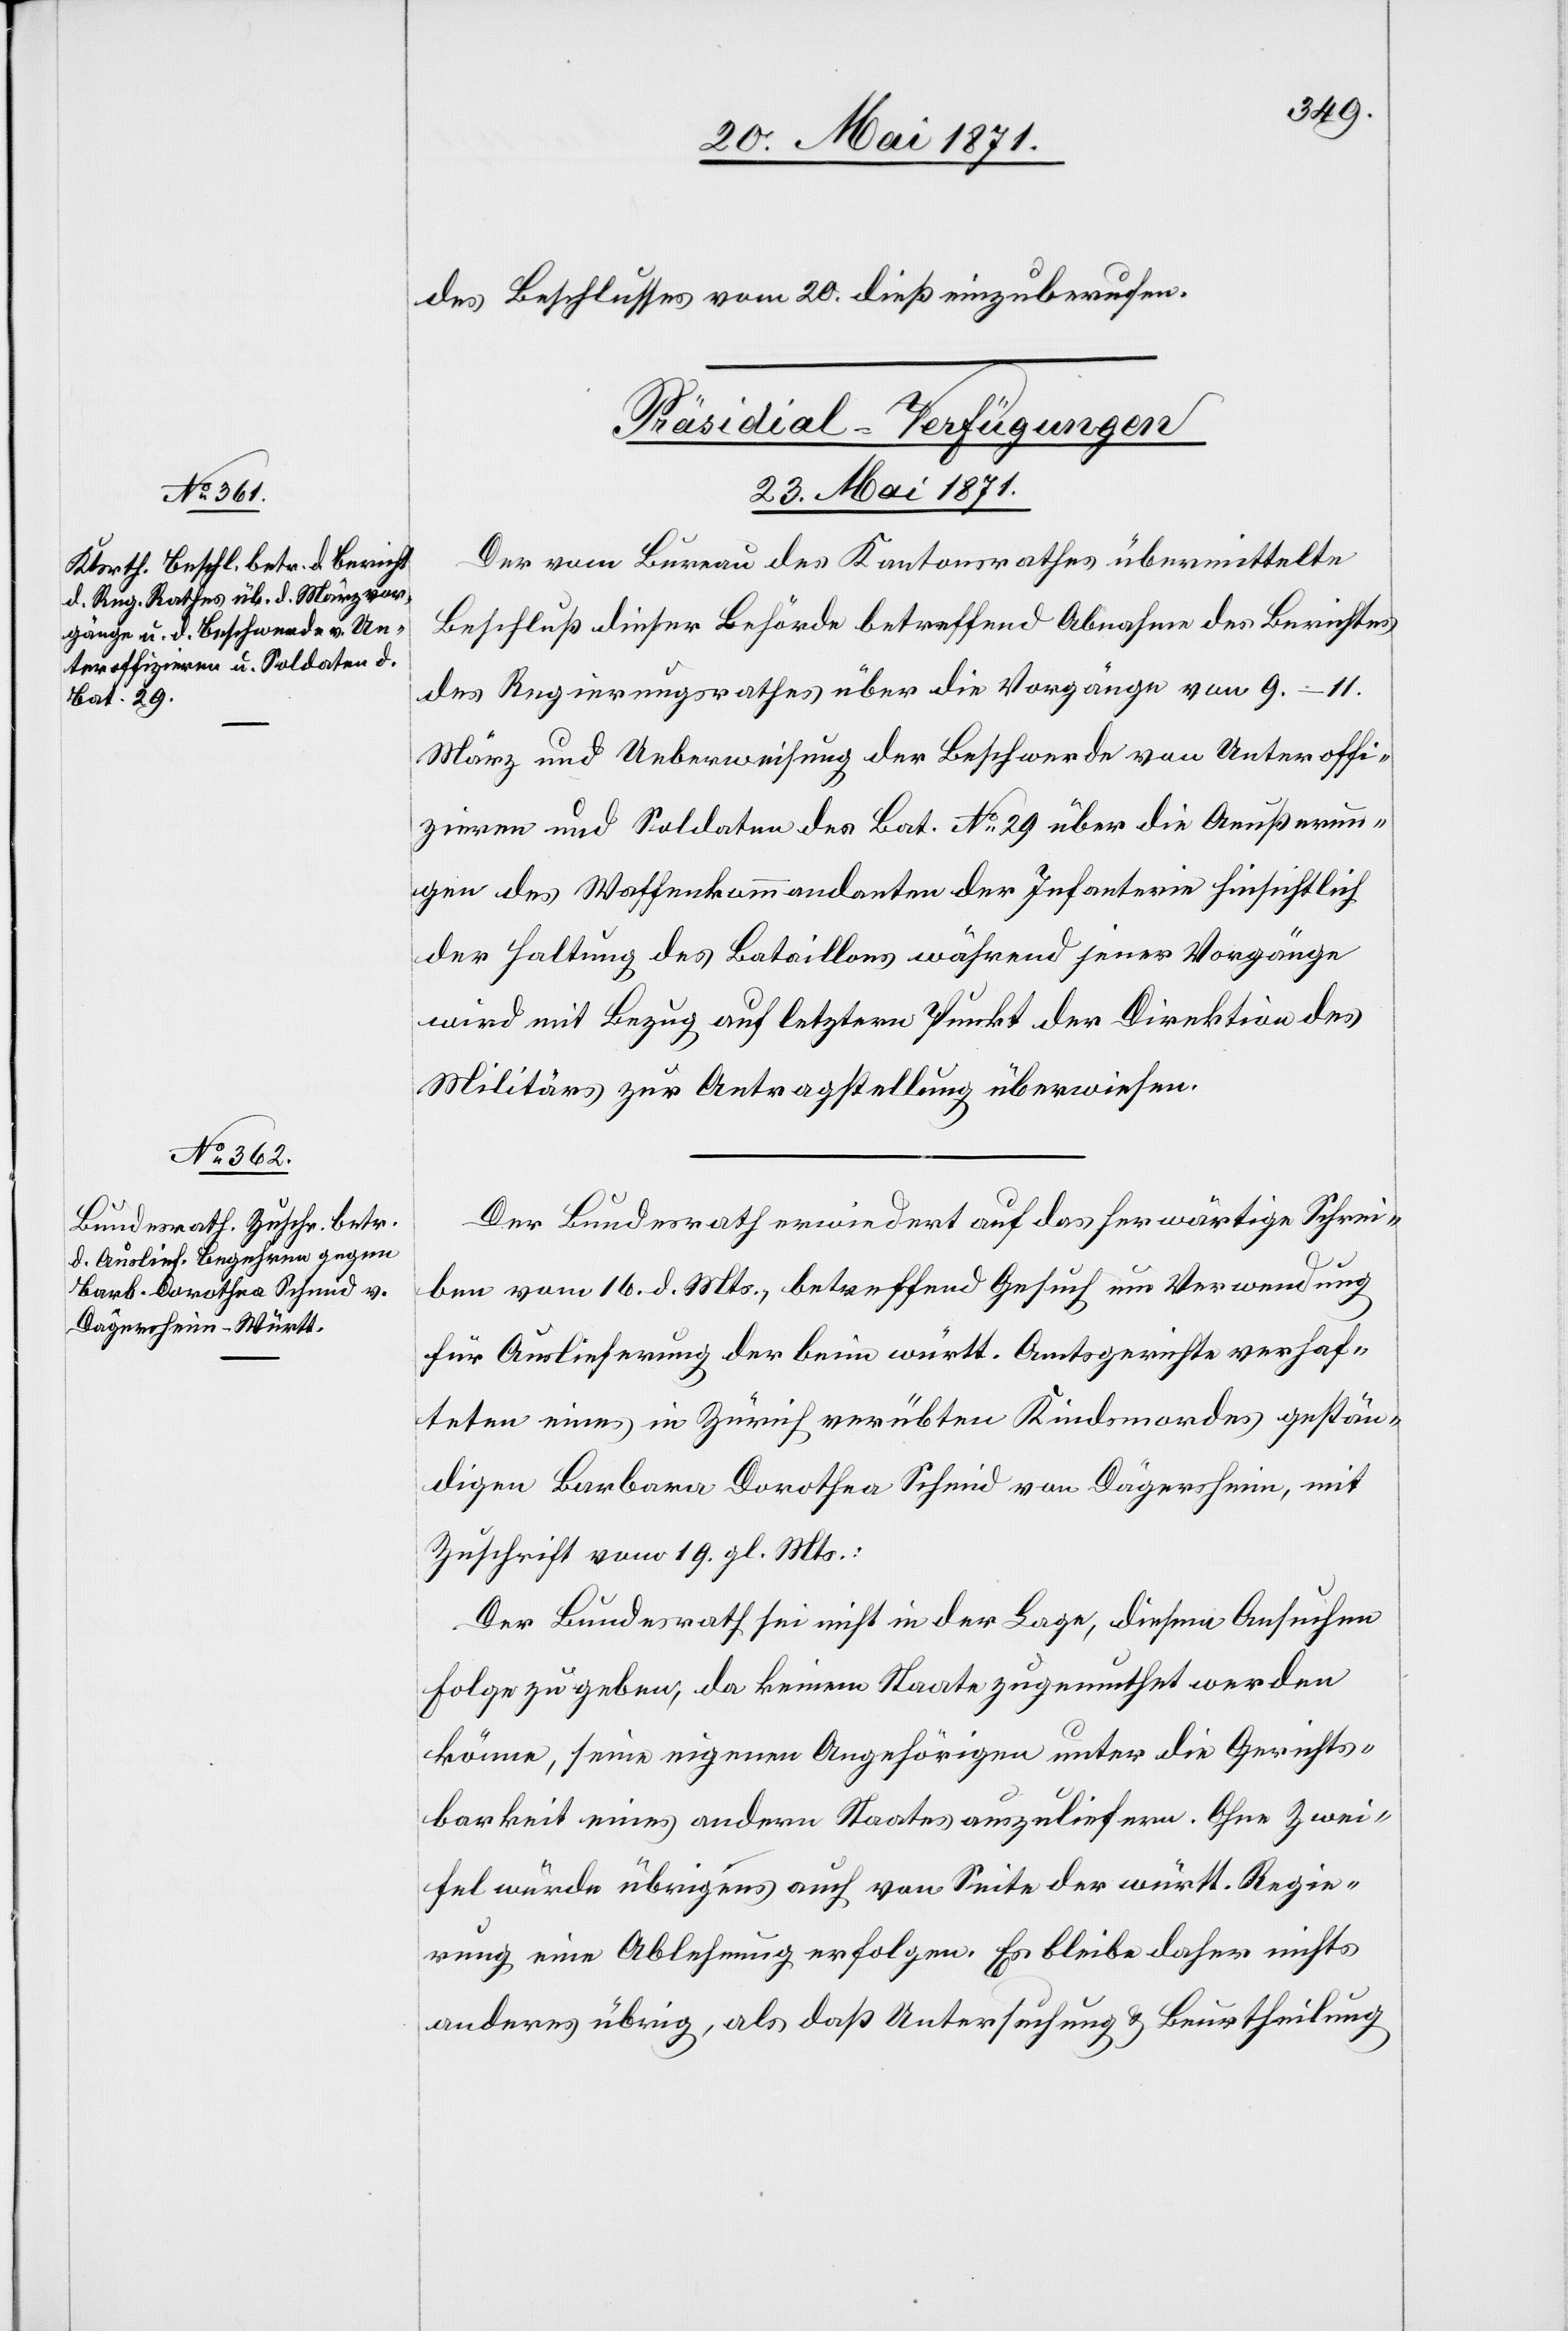
23. Mai 1871.]
des Beschlusses vom 20. dieß einzuberufen.
[Präsidial-Verfügungen
23. Mai 1871.
Der vom Bureau des Kantonsrathes übermittelte
Beschluß dieser Behörde betreffend Abnahme des Berichtes
des Regierungsrathes über die Vorgänge vom 9.–11.
März und Ueberweisung der Beschwerde von Unteroffi¬
zieren und Soldaten des Bat. No. 29 über die Aeußerun¬
gen des Waffenkommandanten der Infanterie hinsichtlich
der Haltung des Bataillons während jener Vorgänge
wird mit Bezug auf letztern Punkt der Direktion des
Militärs zur Antragstellung überwiesen.
Der Bundesrath erwiedert auf das herwärtige Schrei¬
ben vom 16. d. Mts., betreffend Gesuch um Verwendung
für Auslieferung der beim württ. Amtsgerichte verhaf¬
teten eines in Zürich verübten Kindsmordes gestän¬
digen Barbara Dorothea Schmid von Dägersheim, mit
Zuschrift vom 19. gl. Mts.:
Der Bundesrath sei nicht in der Lage, diesem Aufsuchen
Folge zu geben, da keinem Staate zugemuthet werden
könne, seine eigenen Angehörigen unter die Gerichts¬
barkeit eines andern Staates auszuliefern. Ohne Zwei¬
fel würde übrigens auch von Seite der württ. Regie¬
rung eine Ablehnung erfolgen. Es bleibe daher nichts
anderes übrig, als daß Untersuchung u. Beurtheilung